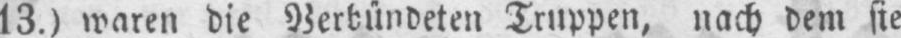
13.) waren die Verbündeten Truppen, nach dem sie